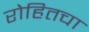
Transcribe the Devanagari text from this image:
रोहितचा